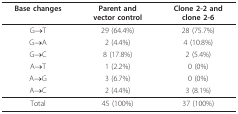
<table><thead><tr><td><b>Base changes</b></td><td><b>Parent andvector control</b></td><td><b>Clone 2-2 andclone 2-6</b></td></tr></thead><tbody><tr><td>G→T</td><td>29 (64.4%)</td><td>28 (75.7%)</td></tr><tr><td>G→A</td><td>2 (4.4%)</td><td>4 (10.8%)</td></tr><tr><td>G→C</td><td>8 (17.8%)</td><td>2 (5.4%)</td></tr><tr><td>A→T</td><td>1 (2.2%)</td><td>0 (0%)</td></tr><tr><td>A→G</td><td>3 (6.7%)</td><td>0 (0%)</td></tr><tr><td>A→C</td><td>2 (4.4%)</td><td>3 (8.1%)</td></tr><tr><td>Total</td><td>45 (100%)</td><td>37 (100%)</td></tr></tbody></table>